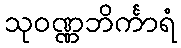
သုဝဏ္ဏဘိင်္ကာရံ